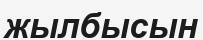
жылбысын